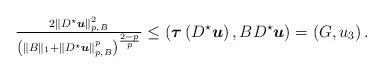
\begin{align*}\tfrac{2\left\|D^\star{ \boldsymbol u}\right\|_{p,B}^2}{\left(\|B\|_1+\left\|D^\star{ \boldsymbol u}\right\|_{p,B}^{p}\right)^{\frac{2-p}{p}}}\leq \left({\boldsymbol\tau }\left(D^\star{ \boldsymbol u}\right),BD^\star{ \boldsymbol u}\right)=\left(G,u_3\right).\end{align*}